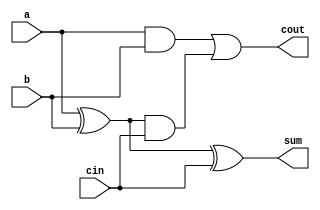
module full_adder_cell (	input 	a, b, cin,
						output 	sum, cout);

	assign sum  = (a ^ b) ^ cin;
	assign cout = (a & b) | ((a ^ b) & cin);
endmodule

module full_adder #(parameter  SIZE = 8)(input [SIZE-1:0]in1, in2, output [SIZE-1:0]out, output cout);
    
    wire [SIZE-1:0] tmp;

    full_adder_cell f1(.a(in1[0]), .b(in2[0]), .cin(1'b0), .sum(out[0]), .cout(tmp[0]));
    generate
        genvar i;
        for(i=1; i<SIZE;i=i+1)begin
            full_adder_cell f1(.a(in1[i]), .b(in2[i]), .cin(tmp[i-1]), .sum(out[i]), .cout(tmp[i]));
        end
    endgenerate

    assign cout = tmp[7];
endmodule